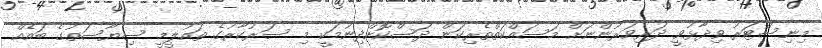
މިނިސްޓަރު ވިދާޅުވީ ދަރިވަރުންނަށް މަސައްކަތްތެރިކަން ދަސްކޮށްދިނުމަކީ މި ސަރުކާރުގެ ތައުލީމީ ސިޔާސަތުގެ ބައެއް